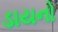
ડાયનો